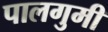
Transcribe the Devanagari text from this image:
पालगुमी